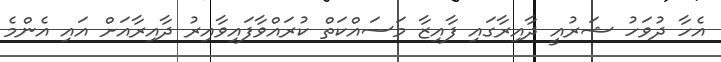
އެހާ ދުވަހު ޝަރުއީ ދާއިރާގައި ފާއިޒާ މަސައްކަތް ކުރައްވާފައިވާއިރު ދާއިރާއަށް އައި އެންމެ